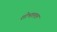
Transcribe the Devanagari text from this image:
शोभालाल